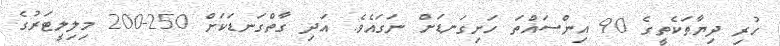
ހުރި ދިޔާތަކެތީގެ 90 އިންސައްތަ ހަށިގަނޑަށް ނަގައެވެ. އަދި ގާތްގަނޑަކަށް 250-200 މިލިލީޓަރުގެ